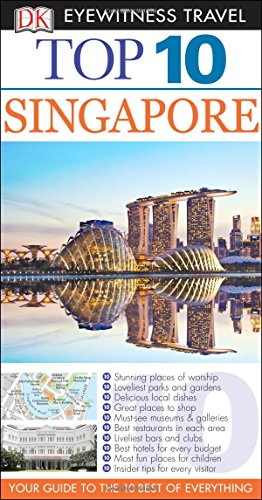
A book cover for Top 10 Singapore (Eyewitness Top 10 Travel Guide); Jennifer Eveland; Travel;